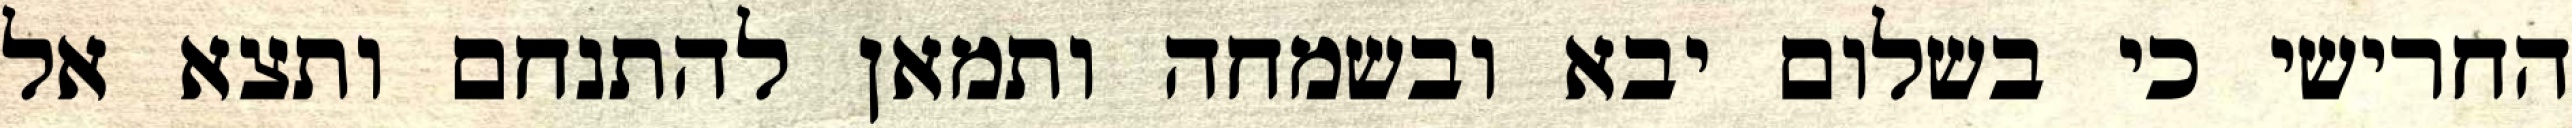
החרישי כי בשלום יבא ובשמחה ותמאן להתנחם ותצא אל